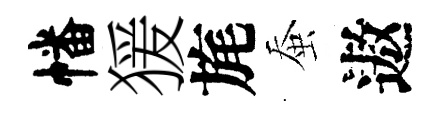
幡猨旄蚕遨